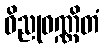
ဝိညုဝဏ္ဏိတံ